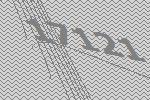
17121